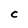
Character: C